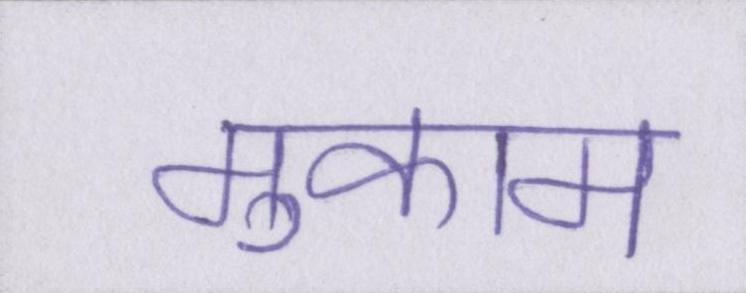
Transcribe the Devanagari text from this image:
मुकाम